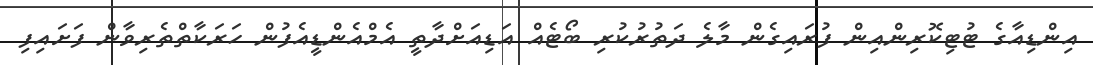
އިންޑިއާގެ ޓުޓިކޮރިންއިން ފުރައިގެން މާލެ ދަތުރުކުރި ބޯޓެއް އަޑިއަށްދާތީ އެމްއެންޑީއެފުން ހަރަކާތްތެރިވާން ފަށައިފި